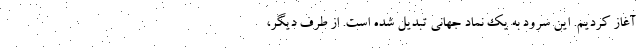
آغاز کردیم. این سرود به یک نماد جهانی تبدیل شده است. از طرف دیگر،